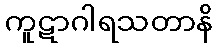
ကူဋာဂါရသတာနိ